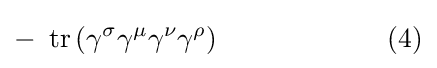
-\ \operatorname {tr} \left(\gamma ^{\sigma }\gamma ^{\mu }\gamma ^{\nu }\gamma ^{\rho }\right)\quad \quad \quad \quad \quad \quad (4)